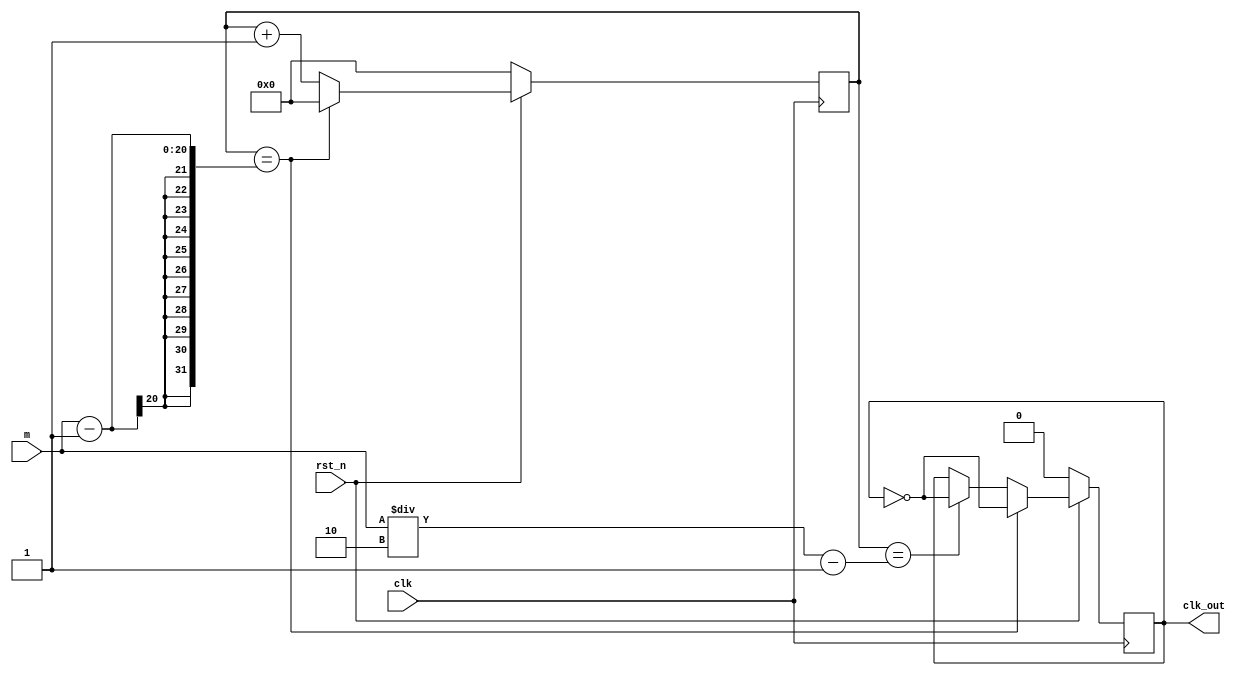
module tmm_c1(
	input clk,
	input rst_n,
	input [19:0] m,
	output reg clk_out
);


reg [19:0]count;

always@(posedge clk)
begin
	if(!rst_n)
	begin
		count<=0;
		clk_out<=0;
	end

	else if(count==m-1)
	begin
		clk_out<=~clk_out;
		count<=0;
	end
	else if(count==m/2-1)
	begin
		clk_out<=~clk_out;
		count<=count+1;
	end
	else
		count<=count+1;
end

endmodule